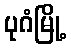
ပုဂံမြို့